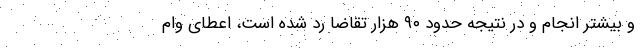
و بیشتر انجام و در نتیجه حدود ۹۰ هزار تقاضا رد شده است، اعطای وام